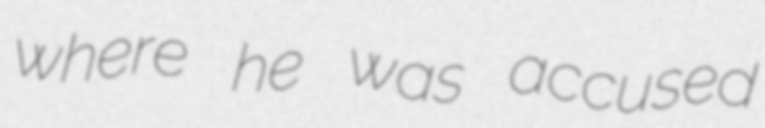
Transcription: where he was accused